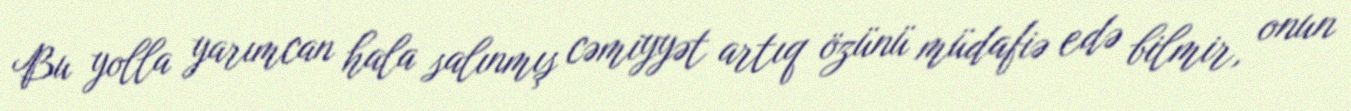
Bu yolla yarımcan hala salınmış cəmiyyət artıq özünü müdafiə edə bilmir, onun